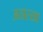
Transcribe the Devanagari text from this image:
अठारखा